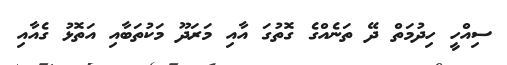
ސިއްހީ ހިދުމަތް ދޭ ތަނެއްގެ ގޮތުގަ އާއި މަރަދޫ މަކުތަބާއި އަތޮޅު ގެއާއި